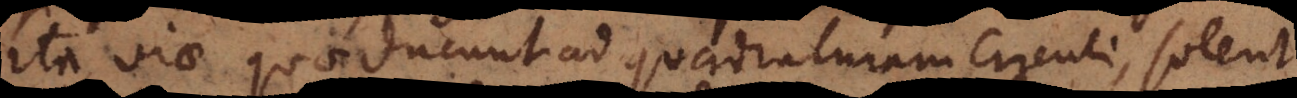
ita viae quae ducunt ad quadraturam circuli, solent